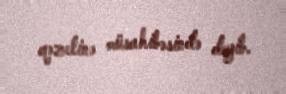
qəzetinə müsahibəsində deyib.